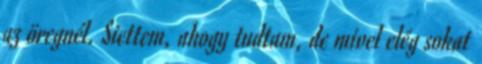
az öregnél. Siettem, ahogy tudtam, de mivel elég sokat